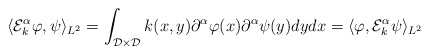
\begin{align*}\langle \mathcal{E}_k^{\alpha}\varphi, \psi \rangle_{L^2} &= \int_{\mathcal{D}\times \mathcal{D}}k(x,y)\partial^{\alpha}\varphi(x)\partial^{\alpha}\psi(y)dydx = \langle \varphi, \mathcal{E}_k^{\alpha}\psi \rangle_{L^2}\end{align*}